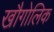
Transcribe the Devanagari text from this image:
खौगोलिक